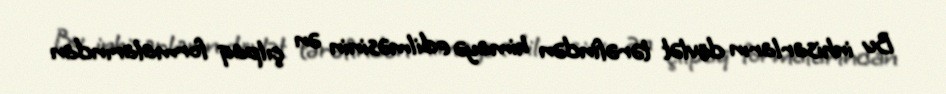
Bu inhisarların dövlət tərəfindən himayə edilməsinin ən çılpaq formalarından